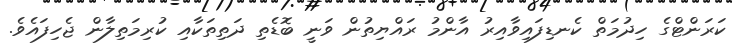
ކަރަންޓްގެ ހިދުމަތް ކެނޑިފައިވާއިރު އާންމު ރައްޔިތުން ވަނީ ބޮޑެތި ދަތިތަކާއި ކުރިމަތިލާން ޖެހިފައެވެ.